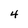
Character: 4